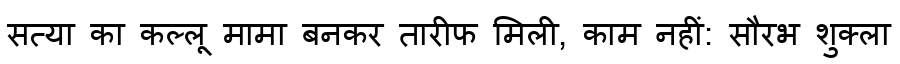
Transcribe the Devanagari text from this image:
सत्या का कल्लू मामा बनकर तारीफ मिली, काम नहीं: सौरभ शुक्ला